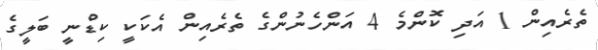
ތެރެއިން 1 އަދި ކޮންމެ 4 އަންހެނުންގެ ތެރެއިން އެކަކީ ކިޑްނީ ބަލީގެ